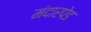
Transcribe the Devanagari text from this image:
मंदारपेड